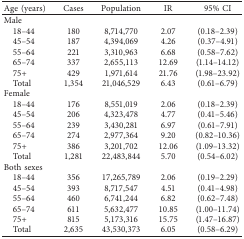
<table><thead><tr><td><b>Age (years)</b></td><td><b>Cases</b></td><td><b>Population</b></td><td><b>IR</b></td><td><b>95% CI</b></td></tr></thead><tbody><tr><td>Male</td><td> </td><td> </td><td> </td><td> </td></tr><tr><td> 18–44</td><td>180</td><td>8,714,770</td><td>2.07</td><td>(0.18–2.39)</td></tr><tr><td> 45–54</td><td>187</td><td>4,394,069</td><td>4.26</td><td>(0.37–4.91)</td></tr><tr><td> 55–64</td><td>221</td><td>3,310,963</td><td>6.68</td><td>(0.58–7.62)</td></tr><tr><td> 65–74</td><td>337</td><td>2,655,113</td><td>12.69</td><td>(1.14–14.12)</td></tr><tr><td> 75+</td><td>429</td><td>1,971,614</td><td>21.76</td><td>(1.98–23.92)</td></tr><tr><td> Total</td><td>1,354</td><td>21,046,529</td><td>6.43</td><td>(0.61–6.79)</td></tr><tr><td>Female</td><td> </td><td> </td><td> </td><td> </td></tr><tr><td> 18–44</td><td>176</td><td>8,551,019</td><td>2.06</td><td>(0.18–2.39)</td></tr><tr><td> 45–54</td><td>206</td><td>4,323,478</td><td>4.77</td><td>(0.41–5.46)</td></tr><tr><td> 55–64</td><td>239</td><td>3,430,281</td><td>6.97</td><td>(0.61–7.91)</td></tr><tr><td> 65–74</td><td>274</td><td>2,977,364</td><td>9.20</td><td>(0.82–10.36)</td></tr><tr><td> 75+</td><td>386</td><td>3,201,702</td><td>12.06</td><td>(1.09–13.32)</td></tr><tr><td> Total</td><td>1,281</td><td>22,483,844</td><td>5.70</td><td>(0.54–6.02)</td></tr><tr><td>Both sexes</td><td> </td><td> </td><td> </td><td> </td></tr><tr><td> 18–44</td><td>356</td><td>17,265,789</td><td>2.06</td><td>(0.19–2.29)</td></tr><tr><td> 45–54</td><td>393</td><td>8,717,547</td><td>4.51</td><td>(0.41–4.98)</td></tr><tr><td> 55–64</td><td>460</td><td>6,741,244</td><td>6.82</td><td>(0.62–7.48)</td></tr><tr><td> 65–74</td><td>611</td><td>5,632,477</td><td>10.85</td><td>(1.00–11.74)</td></tr><tr><td> 75+</td><td>815</td><td>5,173,316</td><td>15.75</td><td>(1.47–16.87)</td></tr><tr><td> Total</td><td>2,635</td><td>43,530,373</td><td>6.05</td><td>(0.58–6.29)</td></tr></tbody></table>